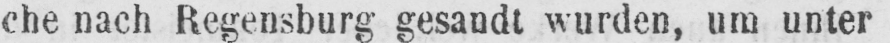
che nach Regensburg gesandt wurden, um unter